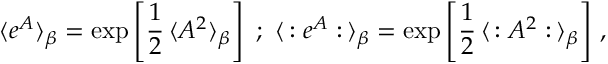
\langle e ^ { A } \rangle _ { \beta } = \exp \left[ \frac { 1 } { 2 } \, \langle A ^ { 2 } \rangle _ { \beta } \right] \ ; \ \langle \, : e ^ { A } : \, \rangle _ { \beta } = \exp \left[ \frac { 1 } { 2 } \, \langle \, : A ^ { 2 } : \, \rangle _ { \beta } \right] \, ,